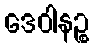
ဒေဝါနဉ္စ